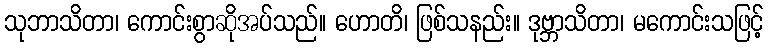
သုဘာသိတာ၊ ကောင်းစွာဆိုအပ်သည်။ ဟောတိ၊ ဖြစ်သနည်း။ ဒုဗ္ဘာသိတာ၊ မကောင်းသဖြင့်